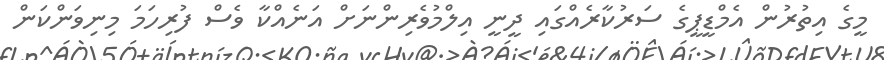
މީގެ އިތުރުން އެމްޑީޕީގެ ސަރުކާރެއްގައި ދީނީ އިލްމުވެރިންނަށް އަނެއްކާ ވެސް ފުރިހަމަ މިނިވަންކަން